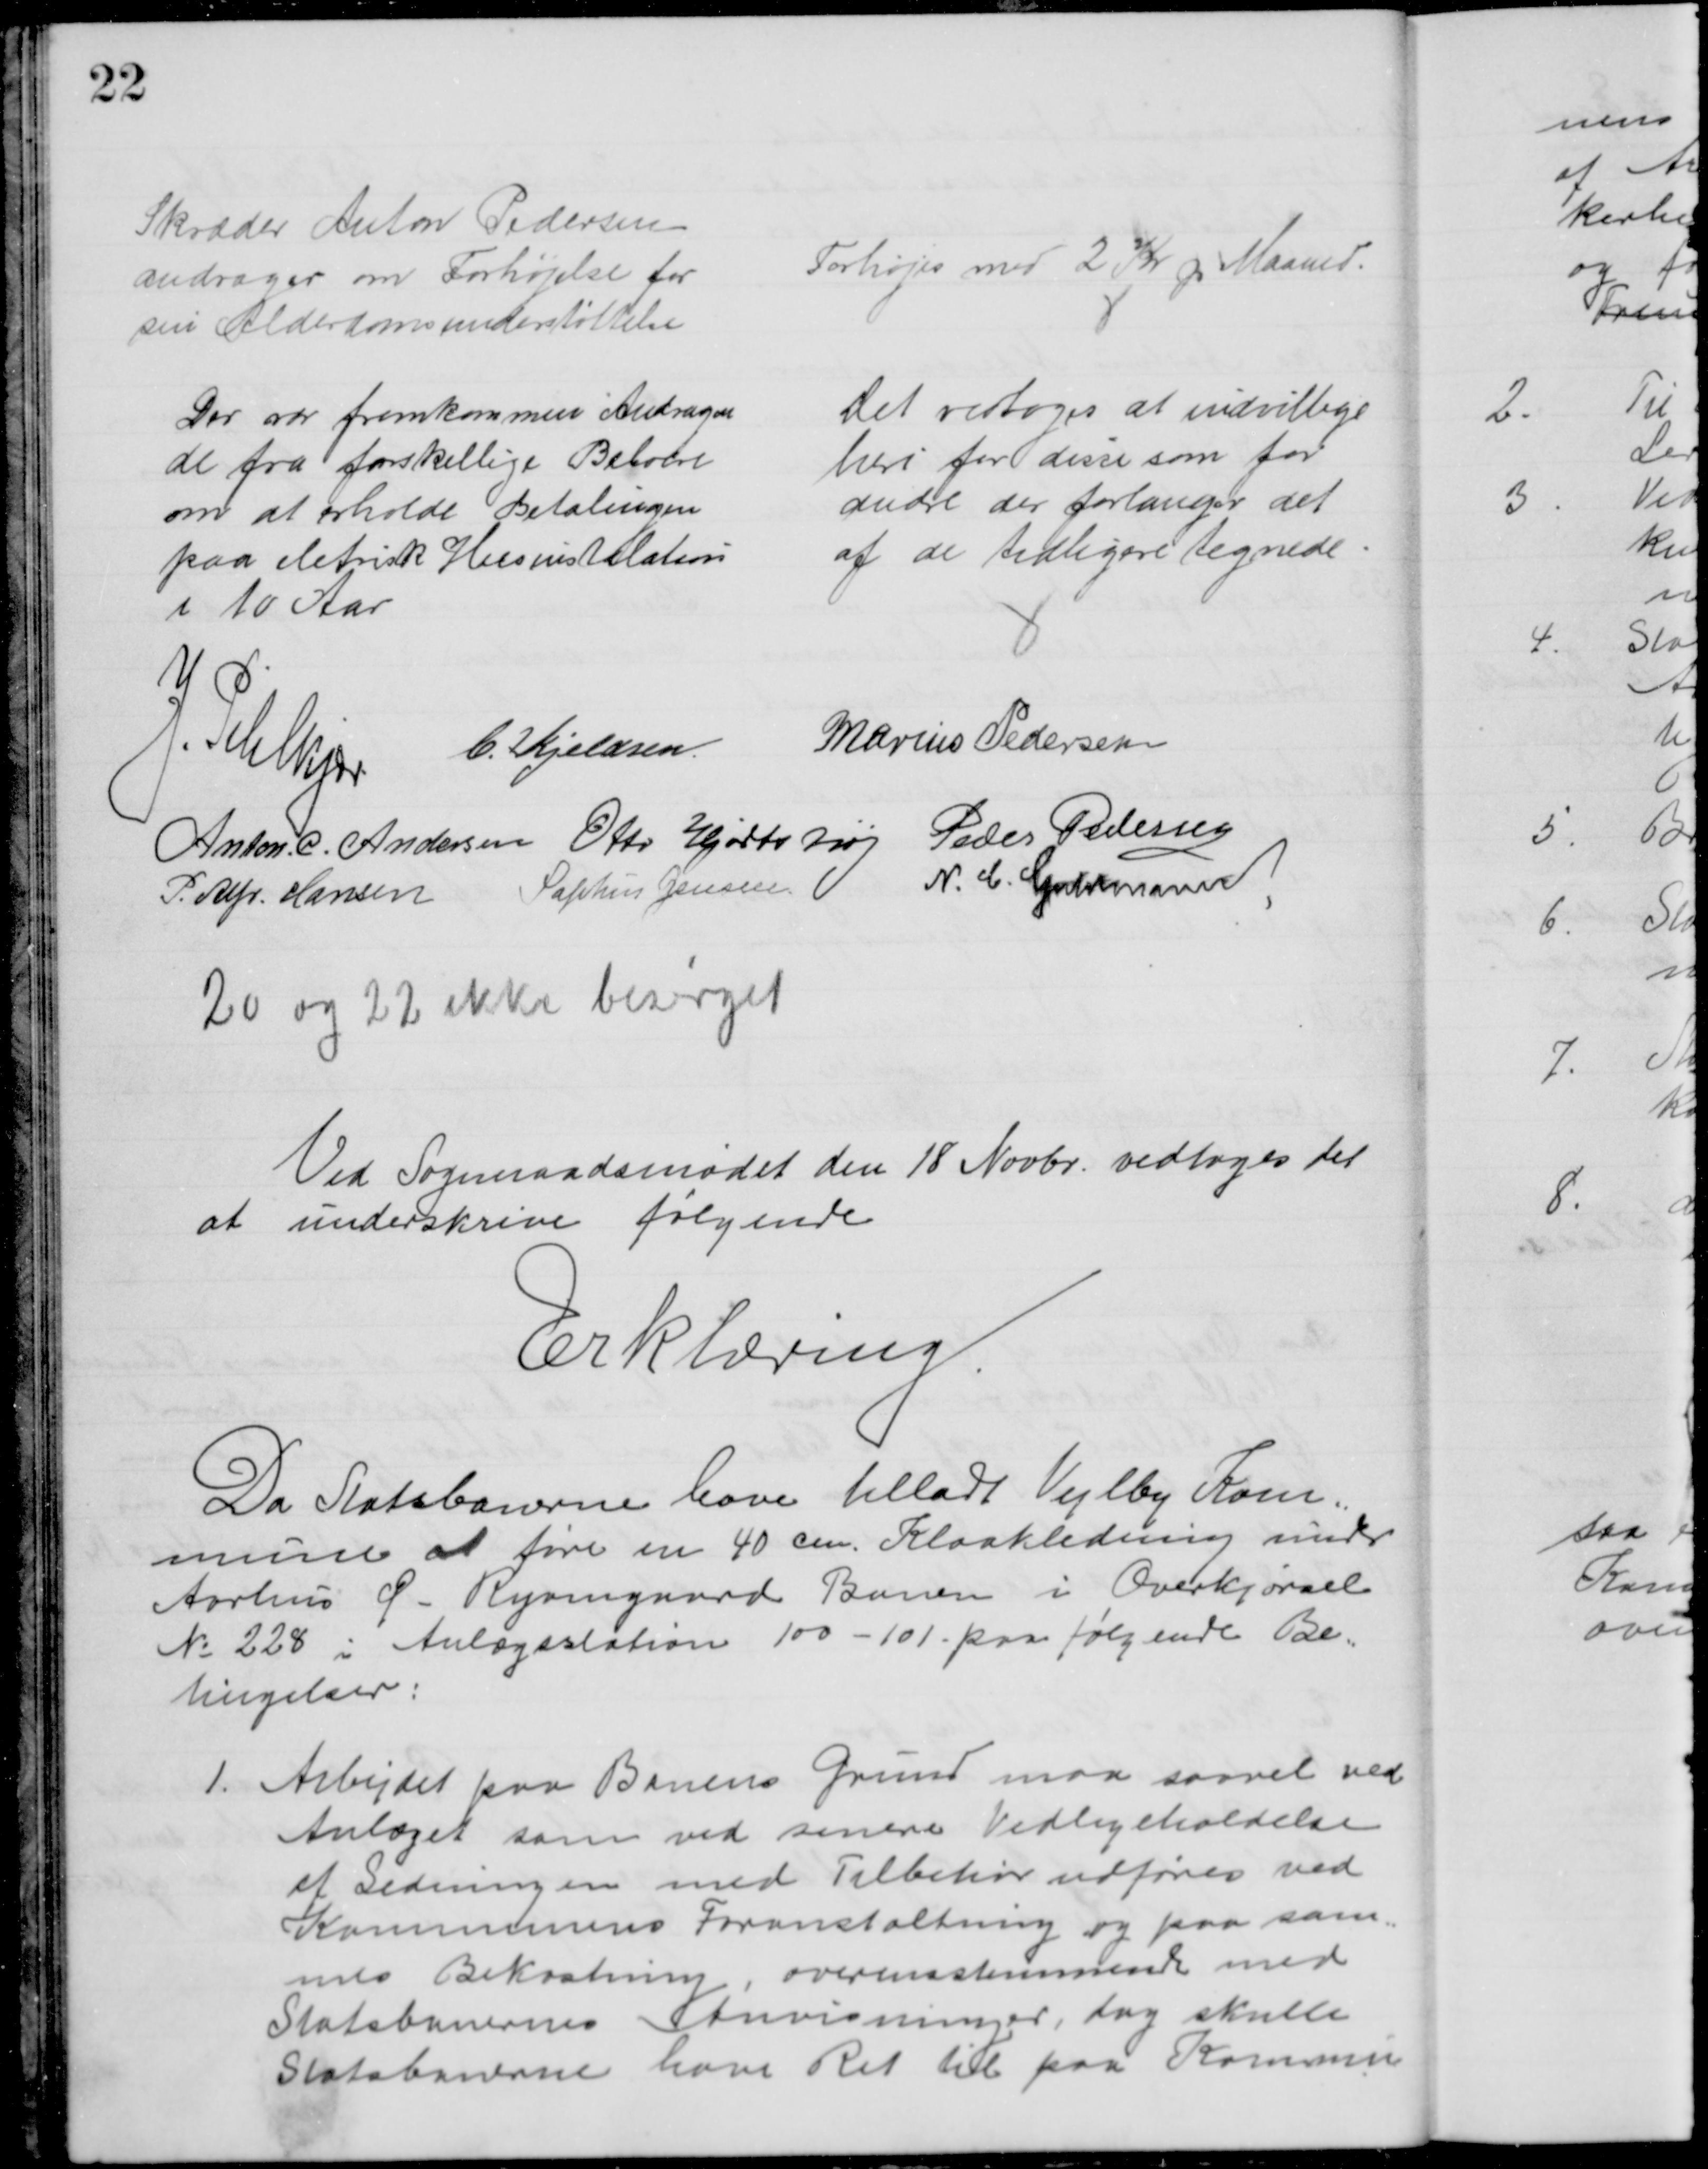
Transskription:
Skræder Anton Pedersen
andrager om Forhøjelse for
sin Alderdomsunderstøttelse
Forhøjes med 2 Kr pr Maaned.
Der var fremkommen Andragen
de fra forskellige Beboere
om at erholde Betalingen
paa elektrisk Husinstallation
i 10 Aar
Det vedtoges at indvillige
heri for disse som for
andre der forlanger det
af de tidligere tegnede.
J. Pihlkjær
C. Kjeldsen.
Marius Pedersen
Anton. C. Andersen Otto Hjortshøj Peder Pedersen
P. Alfr. Hansen Sophus Jensen
N. C. Guldmann
20 og 220 ikke besørget
Ved Sogneraadsmødet den 18 Novbr. vedtoges det
at underskrive følgende
Erklæring
Da Statsbanerne have tilladt Vejlby Kom=
mune at føre en 40 cm. Kloakledning under
Aarhus Ø. Ryomgaard Banen i Overkjørsel
№ 228 i Anlægsstation 100-101 paa følgende Be-
tingelser:
1. Arbejdet paa Banens Grund maa saavel ved
Anlæget som ved senere Vedligeholdelse
af Ledningen med Tilbehør udføres ved
Kommunens Foranstaltning og paa sam=
mes Bekostning, overensstemmende med
Statsbanernes Anvisninger, dog skulle
Statsbanerne have Ret til paa Kommun